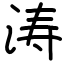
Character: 涛